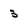
Character: 3